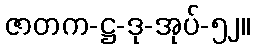
ဇာတက-ဋ္ဌ-ဒု-အုပ်-၅၂။